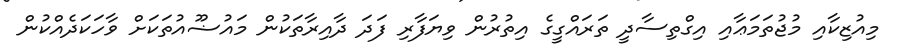
މިއުޒިކާއި މުޖުތަމަޢާއި އިގްތިސާދީ ތަރައްގީގެ އިތުރުން ވިޔަފާރި ފަދަ ދާއިރާތަކުން މައުޟޫއުތަކަށް ވާހަކަދެއްކުން